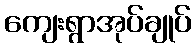
ကျေးရွာအုပ်ချုပ်